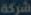
شركة